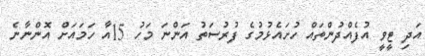
އަދި ޓީވީ އުފެއްދުންތައް ހުށައެޅުމުގެ ފުރުސަތު އަންނަ މަހު 15އާ ހަމައަށް އޮންނާނެ